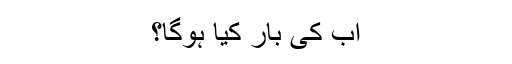
اب کی بار کیا ہوگا؟